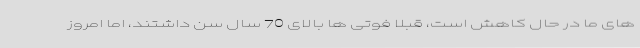
های ما در حال کاهش است، قبلا فوتی ها بالای 70 سال سن داشتند، اما امروز